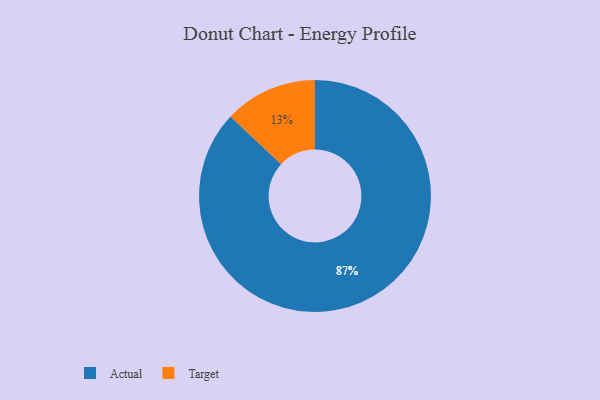
{"axis": {"x": "Category", "y": "Percentage"}, "legend": ["Actual", "Target"], "data": [{"x": "Actual", "y": 87, "type": "Actual"}, {"x": "Target", "y": 13, "type": "Target"}]}